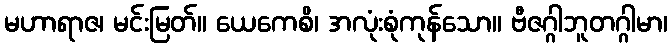
မဟာရာဇ၊ မင်းမြတ်။ ယေကေစိ၊ အလုံးစုံကုန်သော။ ဗီဇဂ္ဂါဘူတဂ္ဂါမာ၊